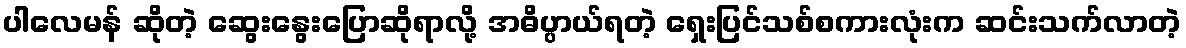
ပါလေမန် ဆိုတဲ့ ဆွေးနွေးပြောဆိုရာလို့ အဓိပ္ပာယ်ရတဲ့ ရှေးပြင်သစ်စကားလုံးက ဆင်းသက်လာတဲ့